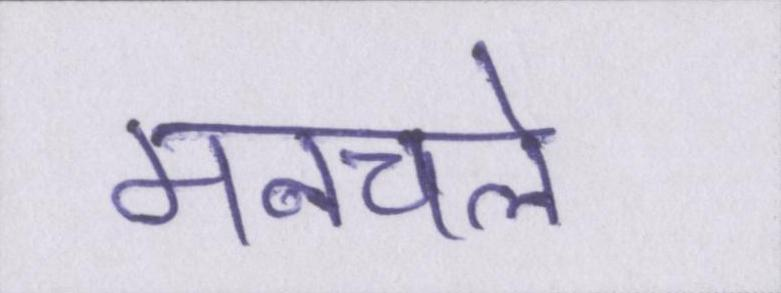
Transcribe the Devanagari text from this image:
मनचले